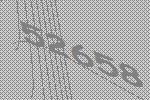
52658